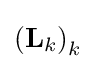
{\textstyle \left(\mathbf {L} _{k}\right)_{k}}